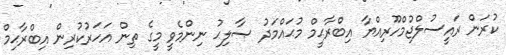
ކުރަން ރައީސުލްޖުމްހޫރިއްޔާ އިބްރާޙީމް މުޙައްމަދު ޞާލިޙު ނިންމެވީ މީގެ ތިން އަހަރުކުރިން އިބްރާޙިމް